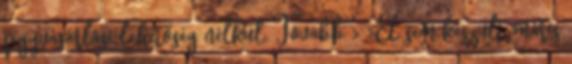
jegyvásárlási lehetőség nélkül. Tovább › ›El sem készült, máris